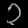
Digit: ၃